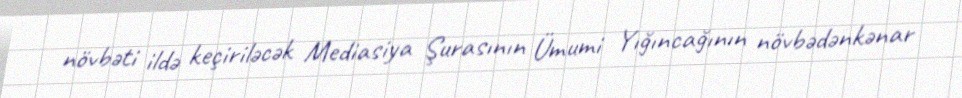
növbəti ildə keçiriləcək Mediasiya Şurasının Ümumi Yığıncağının növbədənkənar